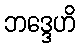
ဘဒ္ဒေဟိ